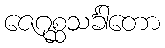
ဇေဂုစ္ဆသင်္ခါတော